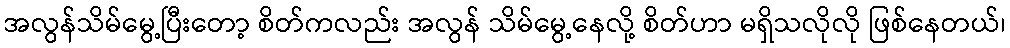
အလွန်သိမ်မွေ့ပြီးတော့ စိတ်ကလည်း အလွန် သိမ်မွေ့နေလို့ စိတ်ဟာ မရှိသလိုလို ဖြစ်နေတယ်၊